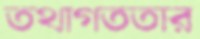
তথাগততার